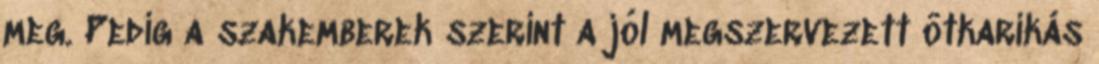
meg. Pedig a szakemberek szerint a jól megszervezett ötkarikás